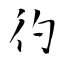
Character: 彴